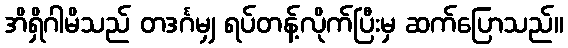
အိရှိဂါမိသည် တဒင်္ဂမျှ ရပ်တန့်လိုက်ပြီးမှ ဆက်ပြောသည်။